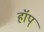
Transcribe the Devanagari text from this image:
हॉप्